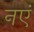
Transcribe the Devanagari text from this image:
नएं